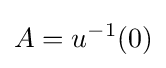
A=u^{-1}(0)